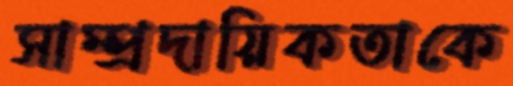
সাম্প্রদায়িকতাকে